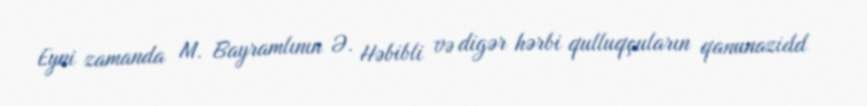
Eyni zamanda M. Bayramlının Ə. Həbibli və digər hərbi qulluqçuların qanunazidd